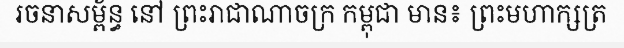
រចនាសម្ព័ន្ធ នៅ ព្រះរាជាណាចក្រ កម្ពុជា មាន៖ ព្រះមហាក្សត្រ